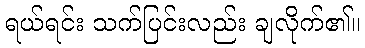
ရယ်ရင်း သက်ပြင်းလည်း ချလိုက်၏။